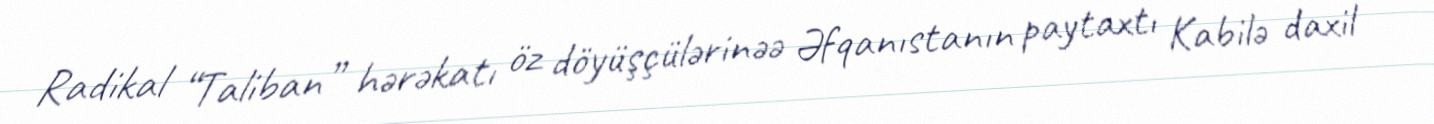
Radikal “Taliban” hərəkatı öz döyüşçülərinəə Əfqanıstanın paytaxtı Kabilə daxil